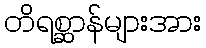
တိရစ္ဆာန်များအား